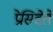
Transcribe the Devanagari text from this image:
प्रेसिदेंते